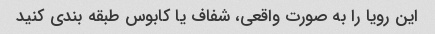
این رویا را به صورت واقعی، شفاف یا کابوس طبقه بندی کنید